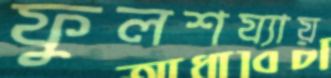
ফুলশয্যায়